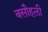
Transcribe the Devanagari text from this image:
बसौहली